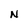
Character: N